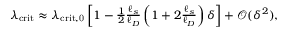
\begin{array} { r } { \lambda _ { \mathrm { c r i t } } \approx \lambda _ { \mathrm { c r i t , 0 } } \left[ 1 - \frac { 1 } { 2 } \frac { \ell _ { s } } { \ell _ { D } } \left( 1 + 2 \frac { \ell _ { s } } { \ell _ { D } } \right) \delta \right] + \mathcal { O } ( \delta ^ { 2 } ) , } \end{array}